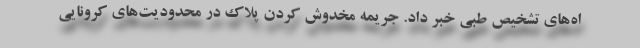
اه‌های تشخیص طبی خبر داد. جریمه مخدوش کردن پلاک در محدودیت‌های کرونایی